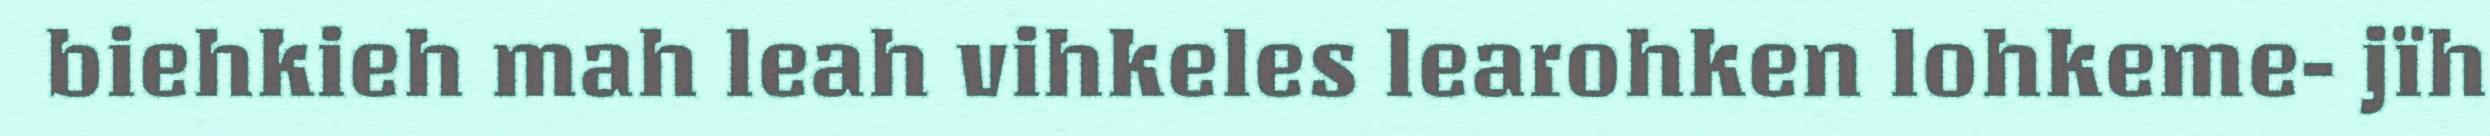
biehkieh mah leah vihkeles learohken lohkeme- jïh